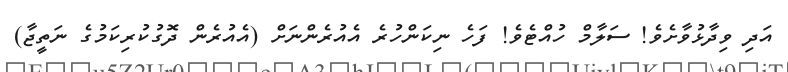
އަދި ވިދާޅުވާށެވެ! ސަލާމް ހުއްޓެވެ! ފަހެ ނިކަންހުރެ އެއުރެންނަށް (އެއުރެން ދޮގުކުރިކަމުގެ ނަތީޖާ)